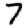
Digit: 7